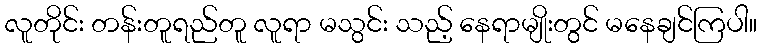
လူတိုင်း တန်းတူရည်တူ လူရာ မသွင်း သည့် နေရာမျိုးတွင် မနေချင်ကြပါ။